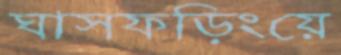
ঘাসফড়িংয়ে